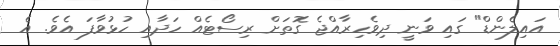
އައިލެންޑް" ގައި ވަނީ ދިވެހިރާއްޖެ ގޮތަށް ރިސޯޓެއް ހަދާއި ހުޅުވާފަ އެވެ. އެ